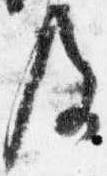
及